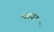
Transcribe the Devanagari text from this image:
महावट